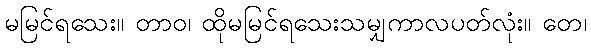
မမြင်ရသေး။ တာဝ၊ ထိုမမြင်ရသေးသမျှကာလပတ်လုံး။ တေ၊